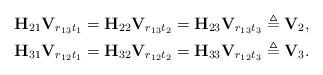
LaTeX: \begin{align*} {\bf H}_{21}{\bf V}_{r_{13}t_{1}}={\bf H}_{22}{\bf V}_{r_{13}t_{2}}={\bf H}_{23}{\bf V}_{r_{13}t_{3}}\triangleq{\bf V}_{2}, \\ {\bf H}_{31}{\bf V}_{r_{12}t_{1}}={\bf H}_{32}{\bf V}_{r_{12}t_{2}}={\bf H}_{33}{\bf V}_{r_{12}t_{3}}\triangleq{\bf V}_{3}. \end{align*}